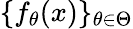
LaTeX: \{ f_{\theta}(x)\} _{\theta\in\Theta}